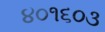
૪૦૧૬૦૩